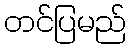
တင်ပြမည်